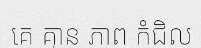
គេ គ្មាន ភាព កំជិល